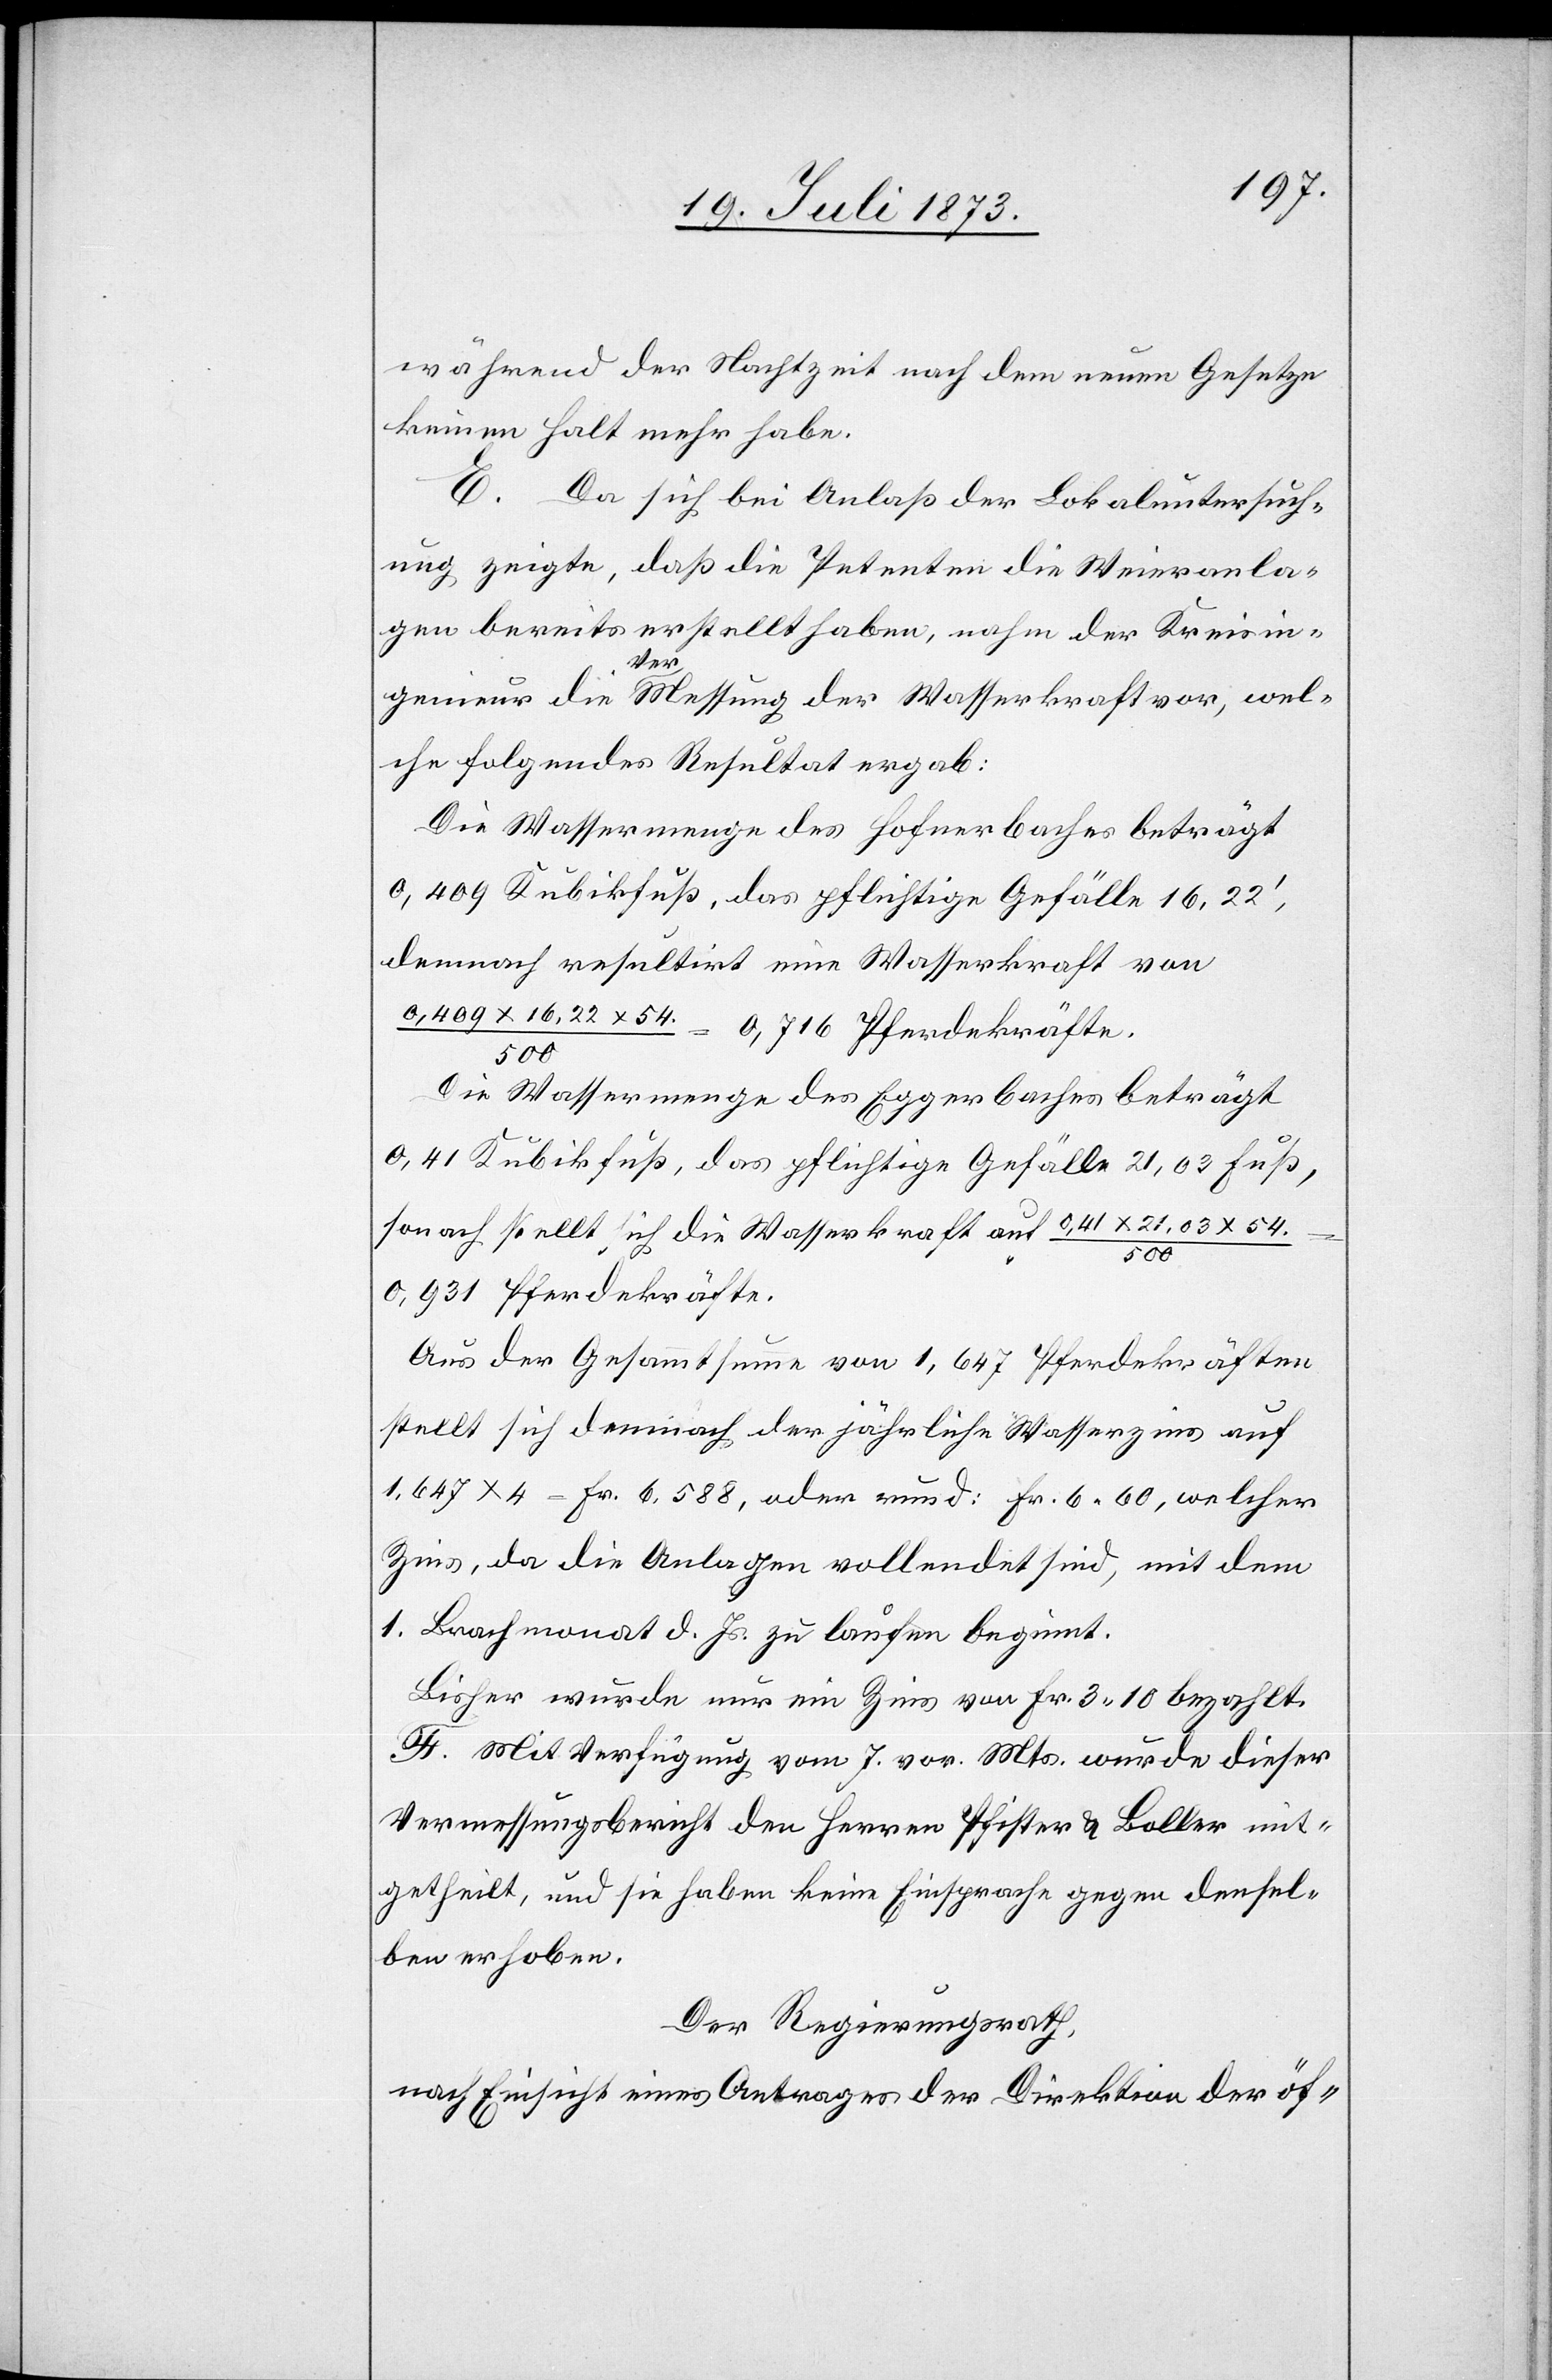
während der Nachtzeit nach dem neuen Gesetze
keinen Halt mehr habe.
E. Da sich bei Anlaß der Lokaluntersuch¬
ung zeigte, daß die Petenten die Weieranla¬
gen bereits erstellt haben, nahm der Kreisin¬
genieur die Vermessung der Wasserkraft vor, wel¬
che folgendes Resultat ergab:
Die Wassermenge des Hofnerbaches beträgt
0,409 Kubikfuß, das pflichtige Gefälle 16,22‘,
demnach resultirt eine Wasserkraft von
0,409 x 16,22 x 54/500 = 0,716 Pferdekräfte.
Die Wassermenge des Eggerbaches beträgt
0,41 Kubikfuß, das pflichtige Gefälle 21,03 Fuß,
sonach stellt sich die Wasserkraft auf 9,41 x 21,03 x
54./500
0,931 Pferdekräfte.
Aus der Gesammtsumme von 1,647 Pferdekräften
stellt sich demnach der jährliche Wasserzins auf
1,647 4 = Fr. 6,588, oder rund: Fr. 6 60, welcher
Zins, da die Anlagen vollendet sind, mit dem
1. Brachmonat d. Js. zu laufen beginnt.
Bisher wurde nur ein Zins von Fr. 3 10 bezahlt.
F. Mit Verfügung vom 7. vor. Mts. wurde dieser
Vermessungsbericht den Herren Pfister & Boller mit¬
getheilt, und sie haben keine Einsprache gegen densel¬
ben erhoben.
Der Regierungsrath,
nach Einsicht eines Antrages der Direktion der öf-